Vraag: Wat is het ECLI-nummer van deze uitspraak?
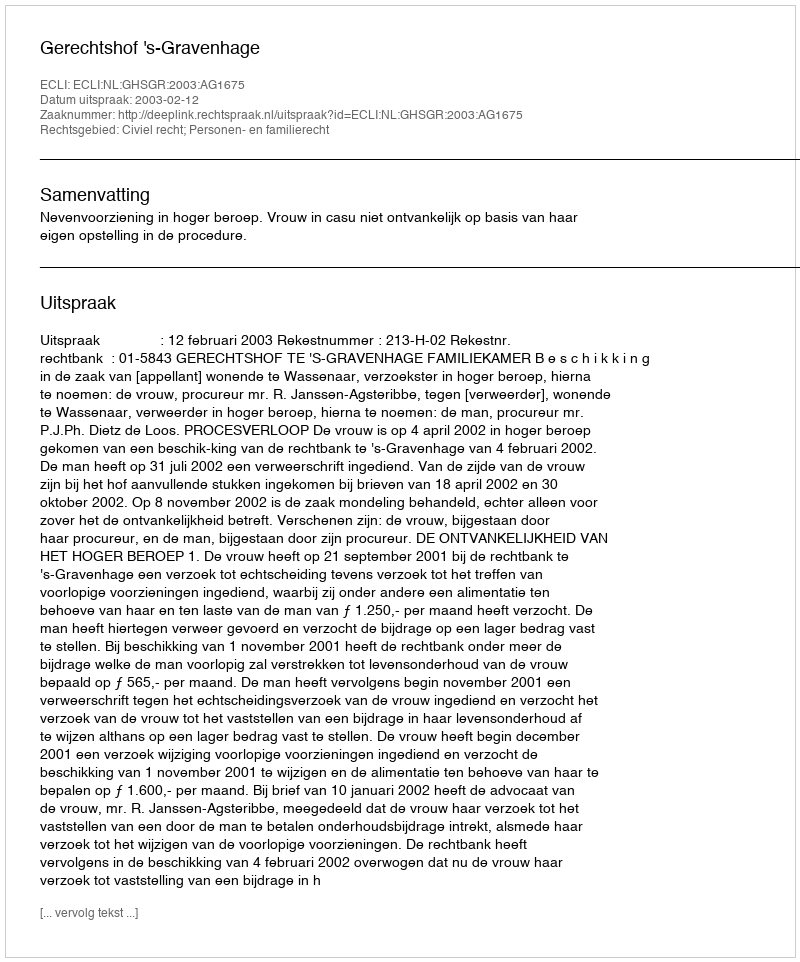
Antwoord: ECLI:NL:GHSGR:2003:AG1675